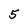
Character: 5